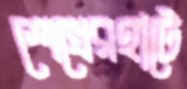
শেখেরহাটে